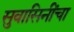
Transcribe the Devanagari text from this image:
सुवासिनींचा